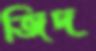
জিদ